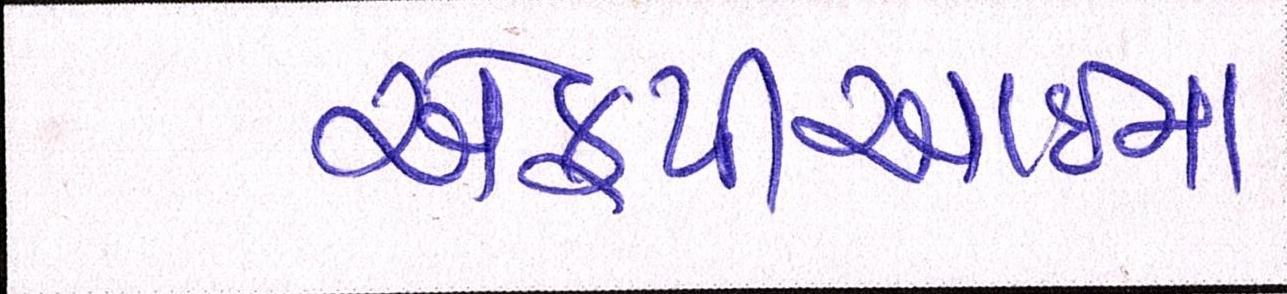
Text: એફપીઆઇના